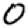
Digit: 0